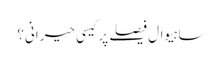
ساہیوال فیصلے پر کیسی حیرانی؟